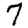
Digit: 7